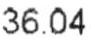
36.04